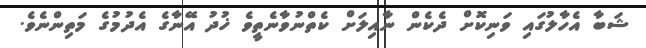
ޝަބާ އެހާލުގައި ވަނިކޮށް ދެކެން ނާއިލަށް ކެތްނުވާނެތީވެ ޚުދު އޭނާގެ އެދުމުގެ މަތިންނެވެ.